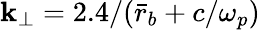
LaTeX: \mathbf{k}_{\perp}=2.4/(\bar{{r}}_{b}+c/\omega_{p})